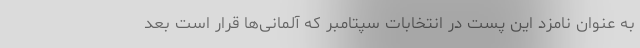
به عنوان نامزد این پست در انتخابات سپتامبر که آلمانی‌ها قرار است بعد